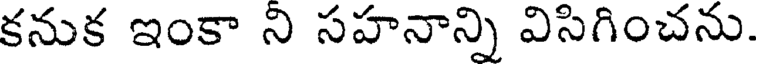
కనుక ఇంకా ని సహనాన్ని విసిగించను.